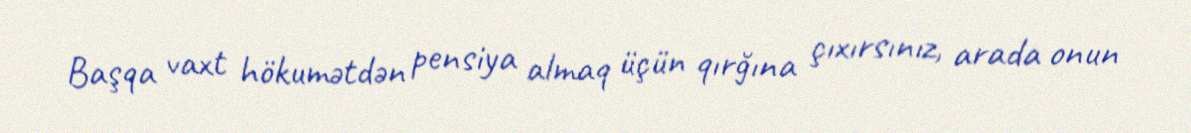
Başqa vaxt hökumətdən pensiya almaq üçün qırğına çıxırsınız, arada onun